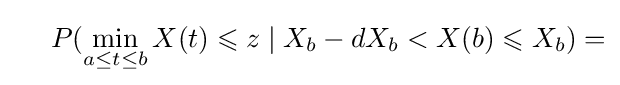
\ \ \ \ P(\min _{a\leq t\leq b}X(t)\leqslant z\mid X_{b}-dX_{b}<X(b)\leqslant X_{b})=